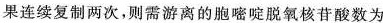
果连续复制两次，则需游离的胞嘧啶脱氧核苷酸数为